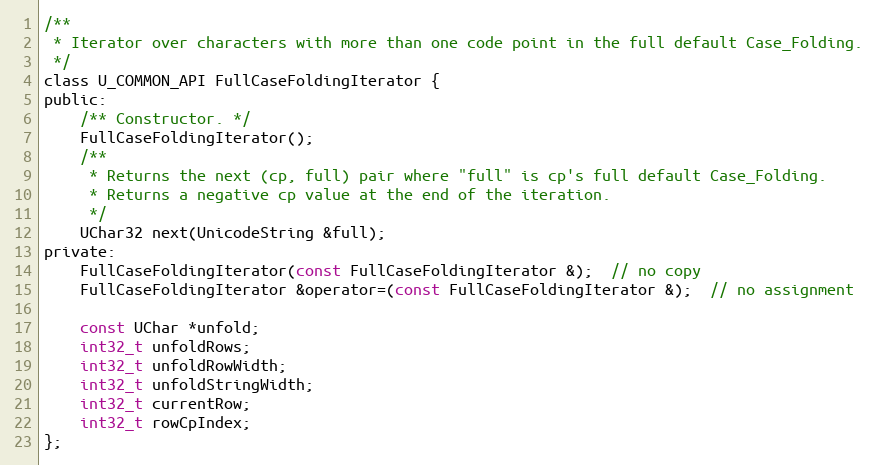
Language: C
/**
 * Iterator over characters with more than one code point in the full default Case_Folding.
 */
class U_COMMON_API FullCaseFoldingIterator {
public:
    /** Constructor. */
    FullCaseFoldingIterator();
    /**
     * Returns the next (cp, full) pair where "full" is cp's full default Case_Folding.
     * Returns a negative cp value at the end of the iteration.
     */
    UChar32 next(UnicodeString &full);
private:
    FullCaseFoldingIterator(const FullCaseFoldingIterator &);  // no copy
    FullCaseFoldingIterator &operator=(const FullCaseFoldingIterator &);  // no assignment

    const UChar *unfold;
    int32_t unfoldRows;
    int32_t unfoldRowWidth;
    int32_t unfoldStringWidth;
    int32_t currentRow;
    int32_t rowCpIndex;
};